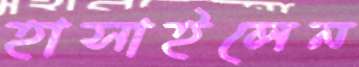
হাসাইলেন